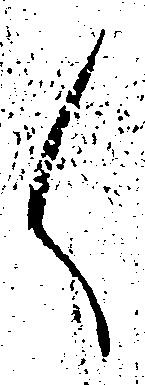
く